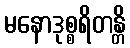
မနောဒုစ္စရိတန္တိ